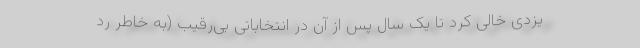
یزدی خالی کرد تا یک سال پس از آن در انتخاباتی بی‌رقیب (به خاطر رد